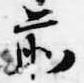
前